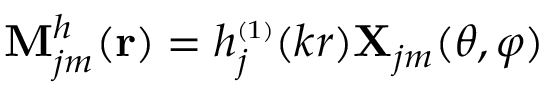
\mathbf { M } _ { j m } ^ { h } ( \mathbf { r } ) = h _ { j } ^ { \scriptscriptstyle ( 1 ) } ( k r ) \mathbf { X } _ { j m } ( \theta , \varphi )